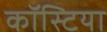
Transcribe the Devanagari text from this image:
कॉस्टिया